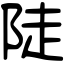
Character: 陡